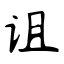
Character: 诅